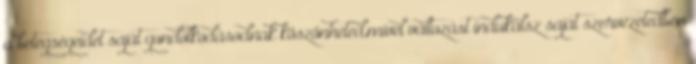
a betegségeidet saját gondolkodásodnak köszönheted,mivel változást indukálsz saját szervezetedben